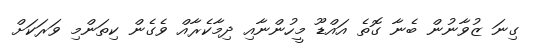
ގިނަ ޒުވާނުން ބެނާ ގޮތެ އައްޑޫ މީހުންނާއި ދިމާކެރާއް ވެގެން ކިތަންމި ވަރަކަށް